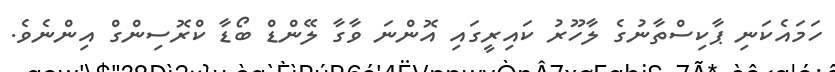
ހަމައެކަނި ޕާކިސްތާނުގެ ލާހޫރު ކައިރީގައި އޮންނަ ވާގާ ލޭންޑް ބޯޑާ ކްރޮސިންގް އިންނެވެ.